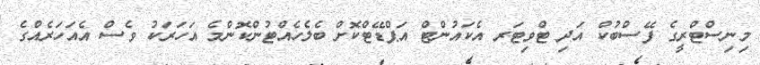
މިނިސްޓްރީގެ ފޭސްބުކް އަދި ޓްވިޓަރ އެކައުންޓް އަޕްޑޭޓްކޮށް ބެލެހެއްޓުންކޮންމެ އަހަރަކު ވެސް އެއަހަރެއްގެ